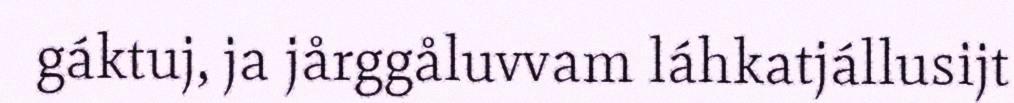
gáktuj, ja jårggåluvvam láhkatjállusijt